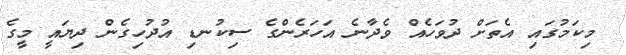
މިކަމުގައި އެތަށް ދުވަހެއް ވެދާނެ އަހަރެންގެ ސިކުނޑި އުދުހިގެން ދިޔައީ މީގެ